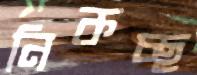
নিকচ্ছ